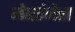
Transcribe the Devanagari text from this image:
मेसांजेस